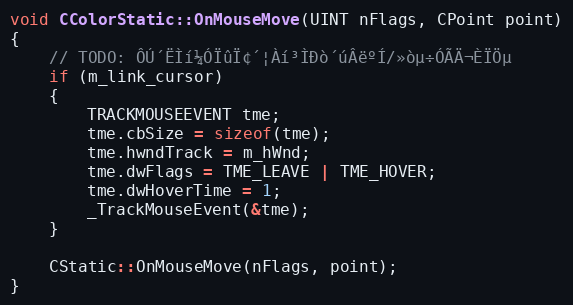
Language: C++
void CColorStatic::OnMouseMove(UINT nFlags, CPoint point)
{
	// TODO: ÔÚ´ËÌí¼ÓÏûÏ¢´¦Àí³ÌÐò´úÂëºÍ/»òµ÷ÓÃÄ¬ÈÏÖµ
	if (m_link_cursor)
	{
		TRACKMOUSEEVENT tme;
		tme.cbSize = sizeof(tme);
		tme.hwndTrack = m_hWnd;
		tme.dwFlags = TME_LEAVE | TME_HOVER;
		tme.dwHoverTime = 1;
		_TrackMouseEvent(&tme);
	}

	CStatic::OnMouseMove(nFlags, point);
}